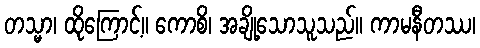
တသ္မာ၊ ထိုကြောင့်။ ကောစိ၊ အချို့သောသူသည်။ ကာမနီတဿ၊